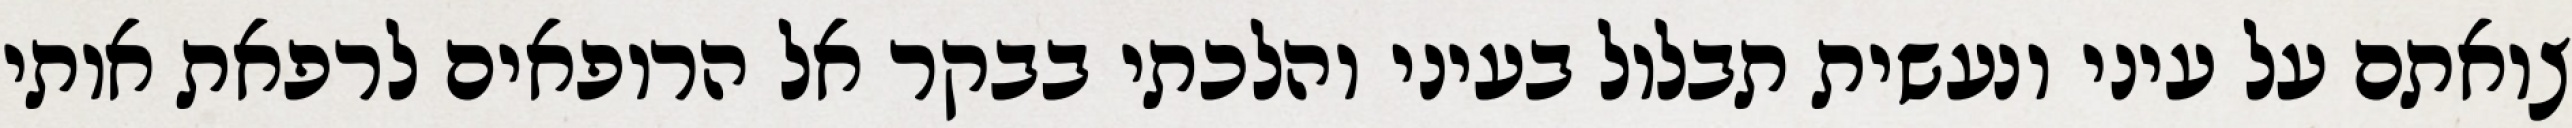
צואתם על עיני ונעשית תבלול בעיני והלכתי בבקר אל הרופאים לרפאת אותי